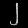
Digit: ၂